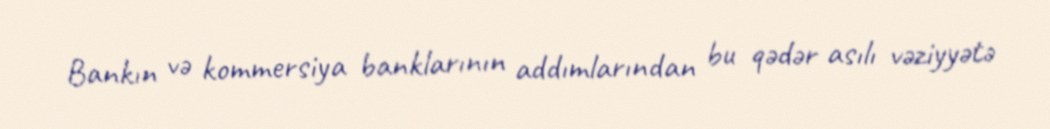
Bankın və kommersiya banklarının addımlarından bu qədər asılı vəziyyətə